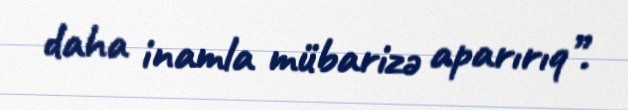
daha inamla mübarizə aparırıq”.